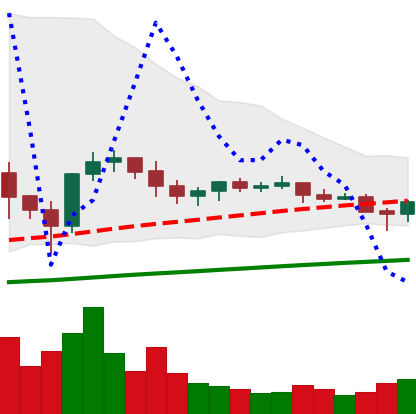
Ticker: ETC-USD
Chart end date: 2021-06-09
Forward return: -4.558%
Label: down_3_5